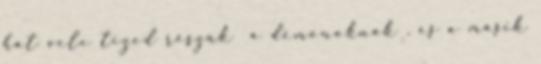
hát vele tized részük a démonoknak , és a másik